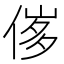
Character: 𠊵